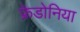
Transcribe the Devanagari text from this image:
फ्रेडोनिया